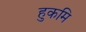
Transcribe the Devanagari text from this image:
हुकमि